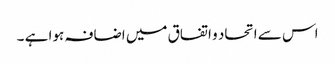
اس سے اتحاد و اتفاق میں اضافہ ہوا ہے ۔